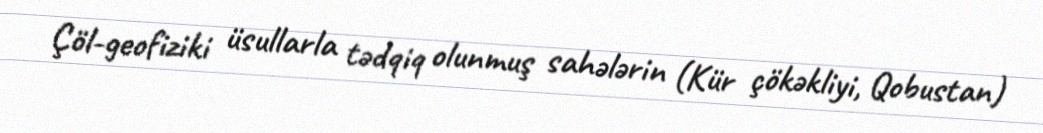
Çöl-geofiziki üsullarla tədqiq olunmuş sahələrin (Kür çökəkliyi, Qobustan)